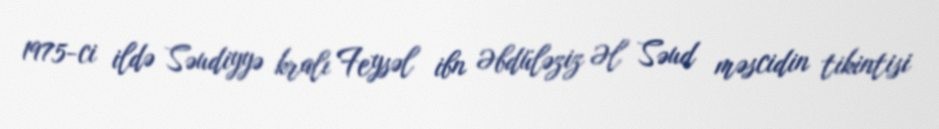
1975-ci ildə Səudiyyə kralı Feysəl ibn Əbdüləziz Əl Səud məscidin tikintisi